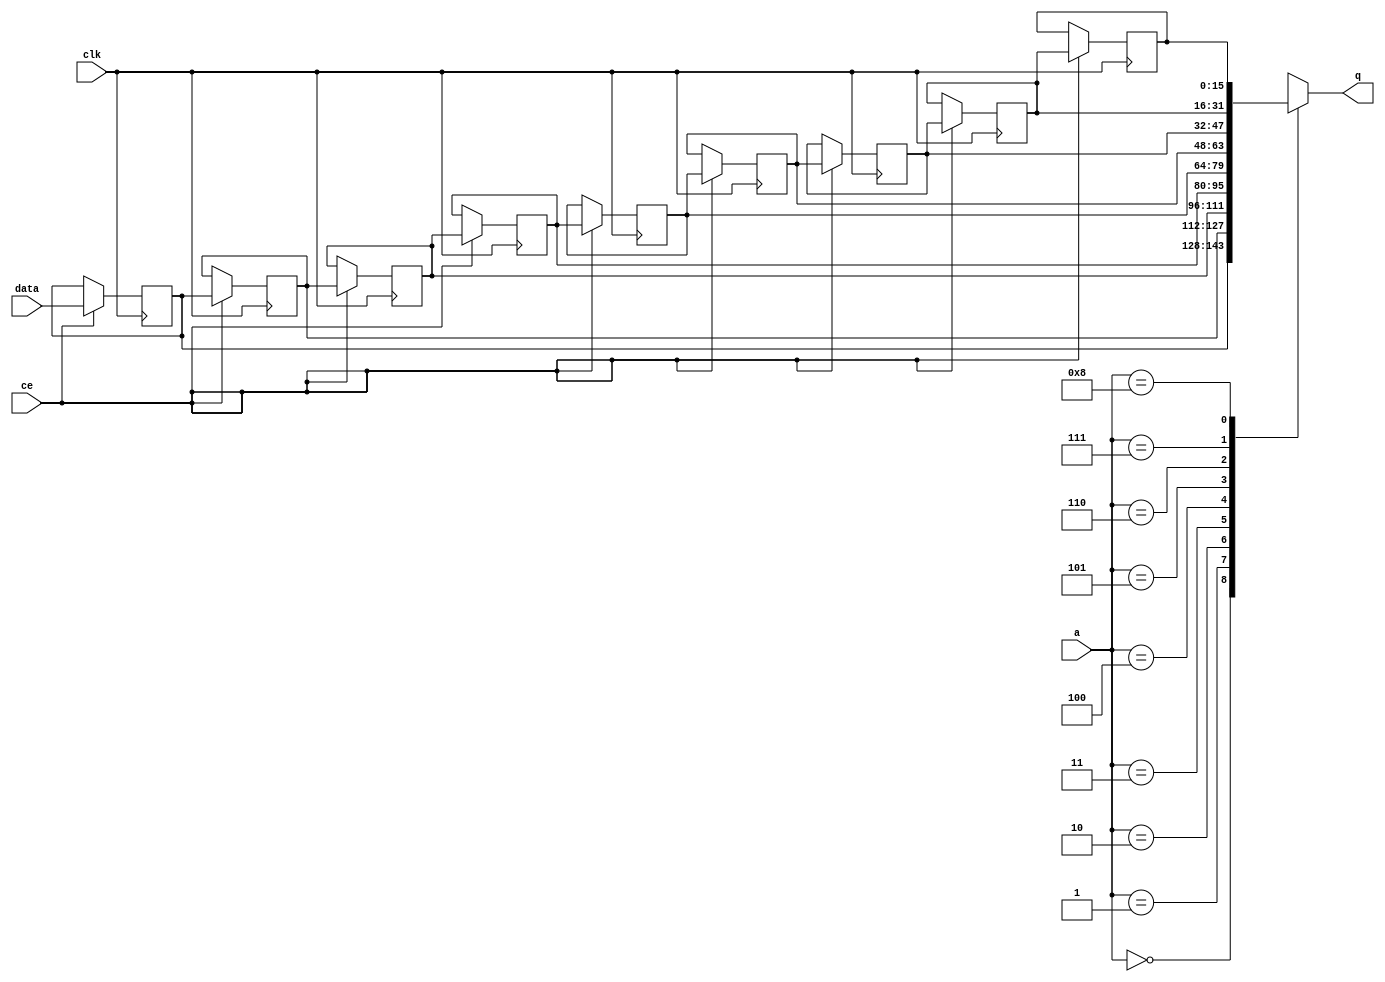
// This program was cloned from: https://github.com/mustafabbas/ECE1373_2016_hft_on_fpga
// License: MIT License

// ==============================================================
// File generated by Vivado(TM) HLS - High-Level Synthesis from C, C++ and SystemC
// Version: 2015.1
// Copyright (C) 2015 Xilinx Inc. All rights reserved.
// 
// ==============================================================


`timescale 1 ns / 1 ps

module FIFO_toe_lookupReplyHandler_slc_queryCache_V_tuple_theirPo_shiftReg (
    clk,
    data,
    ce,
    a,
    q);

parameter DATA_WIDTH = 32'd16;
parameter ADDR_WIDTH = 32'd4;
parameter DEPTH = 32'd9;

input clk;
input [DATA_WIDTH-1:0] data;
input ce;
input [ADDR_WIDTH-1:0] a;
output [DATA_WIDTH-1:0] q;

reg[DATA_WIDTH-1:0] SRL_SIG [0:DEPTH-1];
integer i;

always @ (posedge clk)
    begin
        if (ce)
        begin
            for (i=0;i<DEPTH-1;i=i+1)
                SRL_SIG[i+1] <= SRL_SIG[i];
            SRL_SIG[0] <= data;
        end
    end

assign q = SRL_SIG[a];

endmodule

module FIFO_toe_lookupReplyHandler_slc_queryCache_V_tuple_theirPo (
    clk,
    reset,
    if_empty_n,
    if_read_ce,
    if_read,
    if_dout,
    if_full_n,
    if_write_ce,
    if_write,
    if_din);

parameter MEM_STYLE = "shiftreg";
parameter DATA_WIDTH = 32'd16;
parameter ADDR_WIDTH = 32'd4;
parameter DEPTH = 32'd9;

input clk;
input reset;
output if_empty_n;
input if_read_ce;
input if_read;
output[DATA_WIDTH - 1:0] if_dout;
output if_full_n;
input if_write_ce;
input if_write;
input[DATA_WIDTH - 1:0] if_din;

wire[ADDR_WIDTH - 1:0] shiftReg_addr ;
wire[DATA_WIDTH - 1:0] shiftReg_data, shiftReg_q;
reg[ADDR_WIDTH:0] mOutPtr = {(ADDR_WIDTH+1){1'b1}};
reg internal_empty_n = 0, internal_full_n = 1;

assign if_empty_n = internal_empty_n;
assign if_full_n = internal_full_n;
assign shiftReg_data = if_din;
assign if_dout = shiftReg_q;

always @ (posedge clk) begin
    if (reset == 1'b1)
    begin
        mOutPtr <= ~{ADDR_WIDTH+1{1'b0}};
        internal_empty_n <= 1'b0;
        internal_full_n <= 1'b1;
    end
    else begin
        if (((if_read & if_read_ce) == 1 & internal_empty_n == 1) && 
            ((if_write & if_write_ce) == 0 | internal_full_n == 0))
        begin
            mOutPtr <= mOutPtr -1;
            if (mOutPtr == 0)
                internal_empty_n <= 1'b0;
            internal_full_n <= 1'b1;
        end 
        else if (((if_read & if_read_ce) == 0 | internal_empty_n == 0) && 
            ((if_write & if_write_ce) == 1 & internal_full_n == 1))
        begin
            mOutPtr <= mOutPtr +1;
            internal_empty_n <= 1'b1;
            if (mOutPtr == DEPTH-2)
                internal_full_n <= 1'b0;
        end 
    end
end

assign shiftReg_addr = mOutPtr[ADDR_WIDTH] == 1'b0 ? mOutPtr[ADDR_WIDTH-1:0]:{ADDR_WIDTH{1'b0}};
assign shiftReg_ce = (if_write & if_write_ce) & internal_full_n;

FIFO_toe_lookupReplyHandler_slc_queryCache_V_tuple_theirPo_shiftReg 
#(
    .DATA_WIDTH(DATA_WIDTH),
    .ADDR_WIDTH(ADDR_WIDTH),
    .DEPTH(DEPTH))
U_FIFO_toe_lookupReplyHandler_slc_queryCache_V_tuple_theirPo_ram (
    .clk(clk),
    .data(shiftReg_data),
    .ce(shiftReg_ce),
    .a(shiftReg_addr),
    .q(shiftReg_q));

endmodule